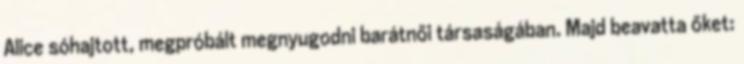
Alice sóhajtott, megpróbált megnyugodni barátnői társaságában. Majd beavatta őket: